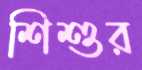
শিশুর